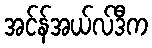
အင်န်အယ်လ်ဒီက